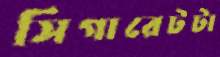
সিগারেটটা